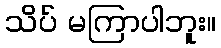
သိပ် မကြာပါဘူး။